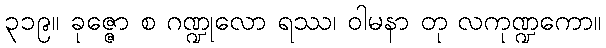
၃၁၉။ ခုဇ္ဇော စ ဂဏ္ဍုလော ရဿ၊ ဝါမနာ တု လကုဏ္ဍကော။